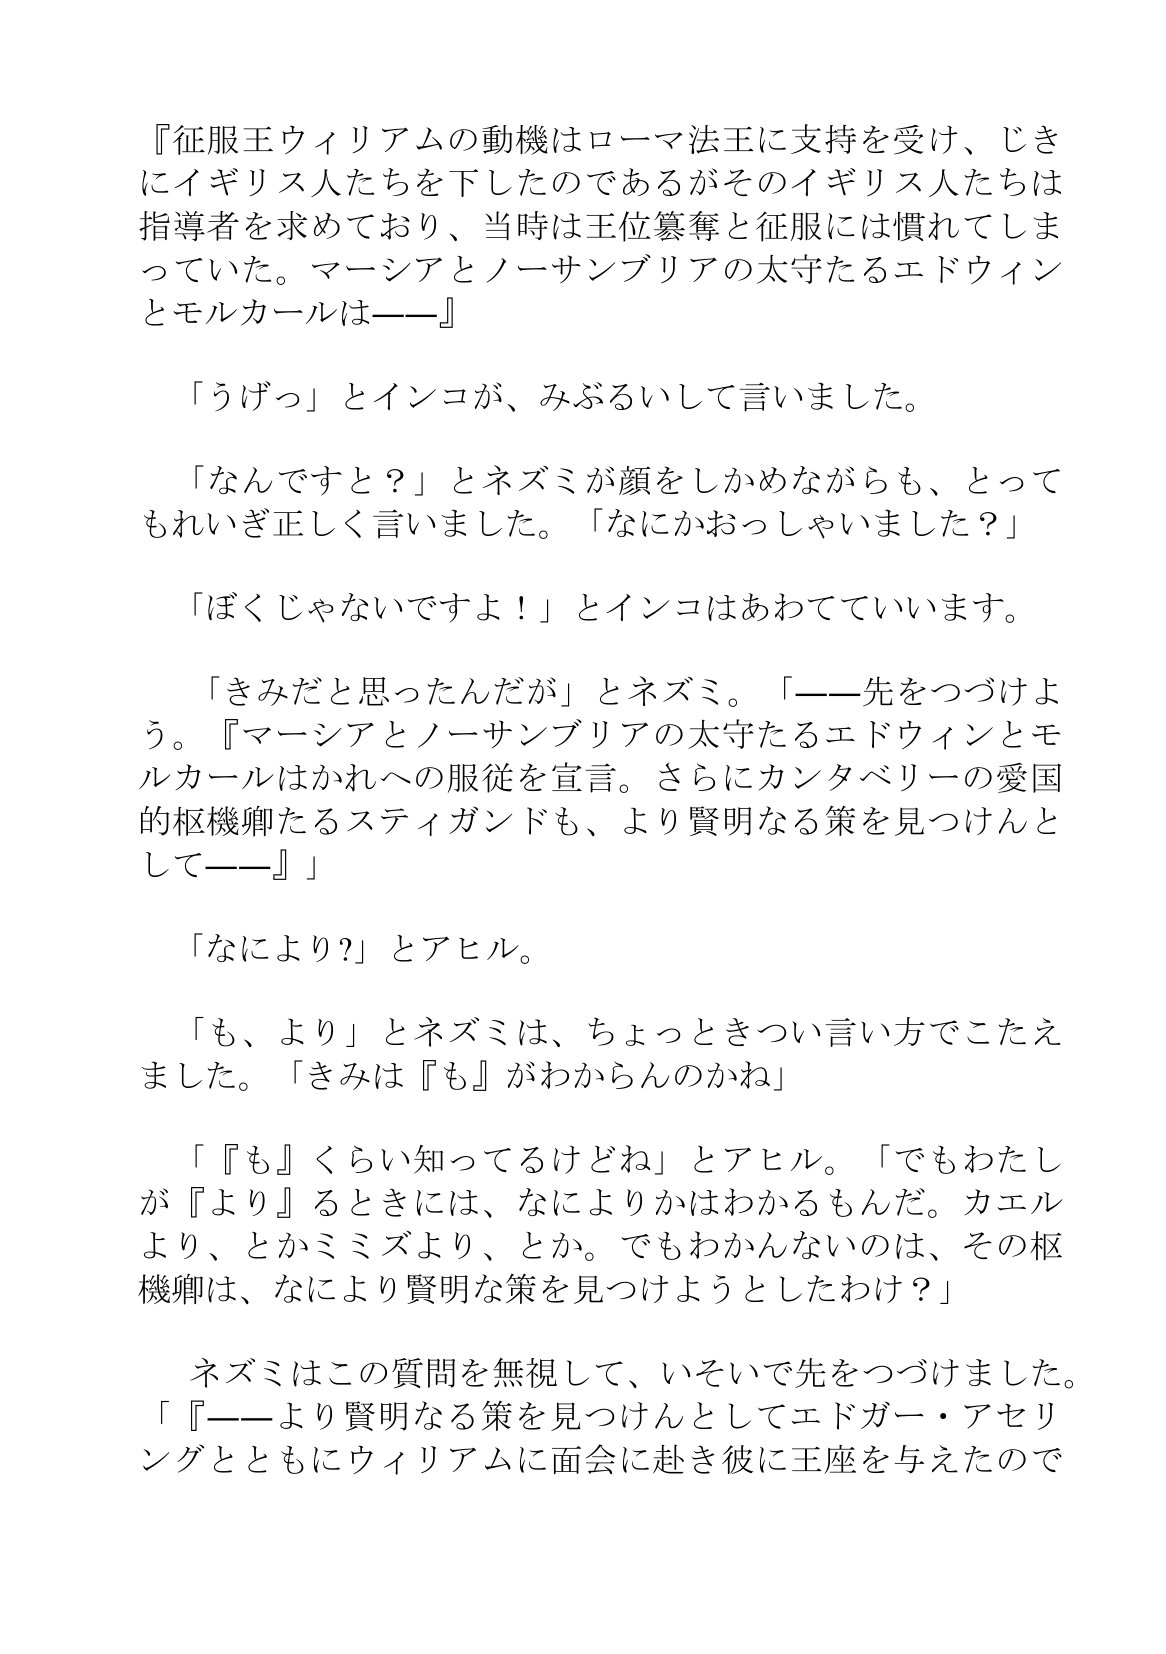
Language: ja